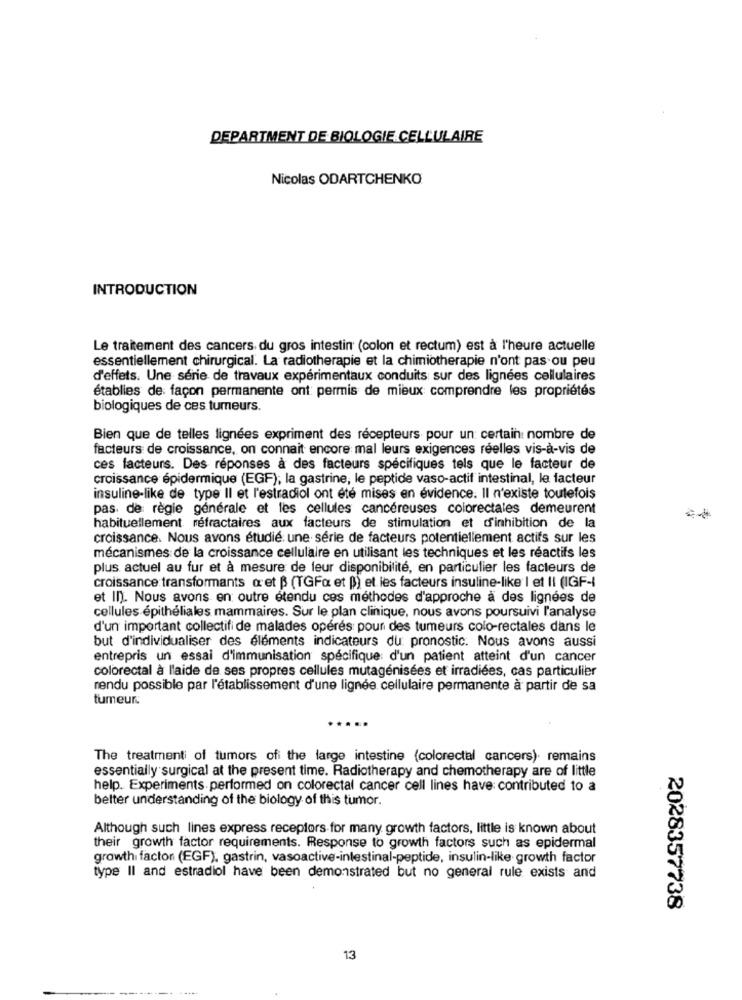
DEPARTMENT DE BIOLOGIE CELLULAIRE
Nicolas ODARTCHENKO
INTRODUCTION
Le traitement des cancers. du gros intestin (colon et rectum) est à l'heure actuelle
essentiellement chirurgical. La radiotherapie et la chimiotherapie n'ont pas ou peu
d'effets. Une série de travaux expérimentaux conduits sur des lignées cellulaires
établies de façon permanente ont permis de mieux comprendre les propriétés
biologiques de ces tumeurs.
Bien que de telles lignées expriment des récepteurs pour un certain nombre de
facteurs de croissance, on connait encore mal leurs exigences réelles vis-à-vis de
ces facteurs. Des réponses à des facteurs spécifiques tels que le facteur de
croissance épidermique (EGF); la gastrine, le peptide vaso-actif intestinal, le facteur
insuline-like de type II et l'estradiol ont été mises en évidence. Il n'existe toutefois
pas. de règle générale et les cellules cancéreuses colorectales demeurent
habituellement réfractaires aux facteurs de stimulation et d'inhibition de la
croissance. Nous avons étudié: une série de facteurs potentiellement actifs sur les
mécanismes de la croissance cellulaire en utilisant les techniques et les réactifs les
plus actuel au fur et à mesure de leur disponibilité, en particulier les facteurs de
croissance transformants a et B (TGFa et p) et les facteurs insuline-like I et II (IGF-|
et In). Nous avons en outre etendu ces méthodes d'approche a des lignées de
cellules épithéliales mammaires. Sur le plan clinique, nous avons poursuivi l'analyse
d'un important collectifi de malades opérés pour des tumeurs colo-rectales dans le
but d'individualiser des éléments indicateurs du pronostic. Nous avons aussi
entrepris un essai d'immunisation spécifique d'un patient atteint d'un cancer
colorectal à l'aide de ses propres cellules mutagénisées et irradiées, cas particulier
rendu possible par l'établissement d'une lignée cellulaire permanente à partir de sa
tumeur.
...
The treatment of tumors ofi the large intestine (colorectal cancers). remains
essentially surgical at the present time. Radiotherapy and chemotherapy are of little
help. Experiments performed on colorectal cancer cell lines have contributed to a
better understanding of the biology of this tumor.
Although such lines express receptors for many growth factors, little is known about
their growth factor requirements. Response to growth factors such as epidermal
growth factor (EGF), gastrin, vasoactive-intestinal-peptide, insulin-like growth factor
type II and estradiol have been demonstrated but no general rule exists and
2028357738
13